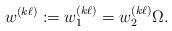
LaTeX: \begin{align*}w^{(k\ell)}:=w_1^{(k\ell)}=w_2^{(k\ell)} \Omega.\end{align*}